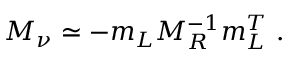
M _ { \nu } \simeq - m _ { L } M _ { R } ^ { - 1 } m _ { L } ^ { T } \ .